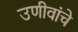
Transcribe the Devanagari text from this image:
उणीवांचे